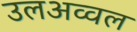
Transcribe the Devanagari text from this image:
उलअव्वल